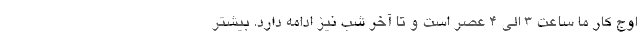
اوج کار ما ساعت ۳ الی ۴ عصر است و تا آخر شب نیز ادامه دارد. بیشتر